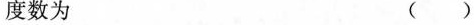
度数为 ()